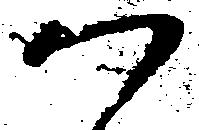
つ